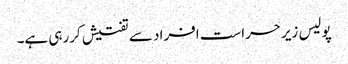
پولیس زیرحراست افراد سے تفتیش کررہی ہے۔